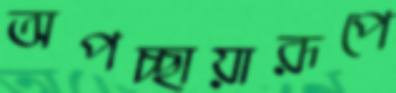
অপচ্ছায়ারূপে